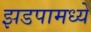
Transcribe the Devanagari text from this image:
झडपामध्ये